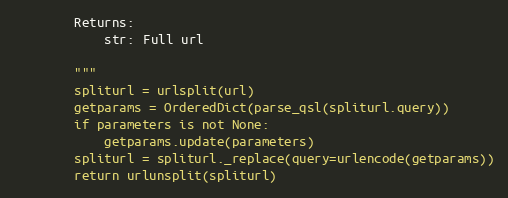
Language: Python
        Returns:
            str: Full url

        """
        spliturl = urlsplit(url)
        getparams = OrderedDict(parse_qsl(spliturl.query))
        if parameters is not None:
            getparams.update(parameters)
        spliturl = spliturl._replace(query=urlencode(getparams))
        return urlunsplit(spliturl)